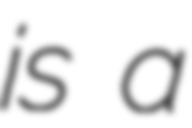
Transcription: is a